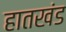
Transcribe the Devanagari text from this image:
हातखंड